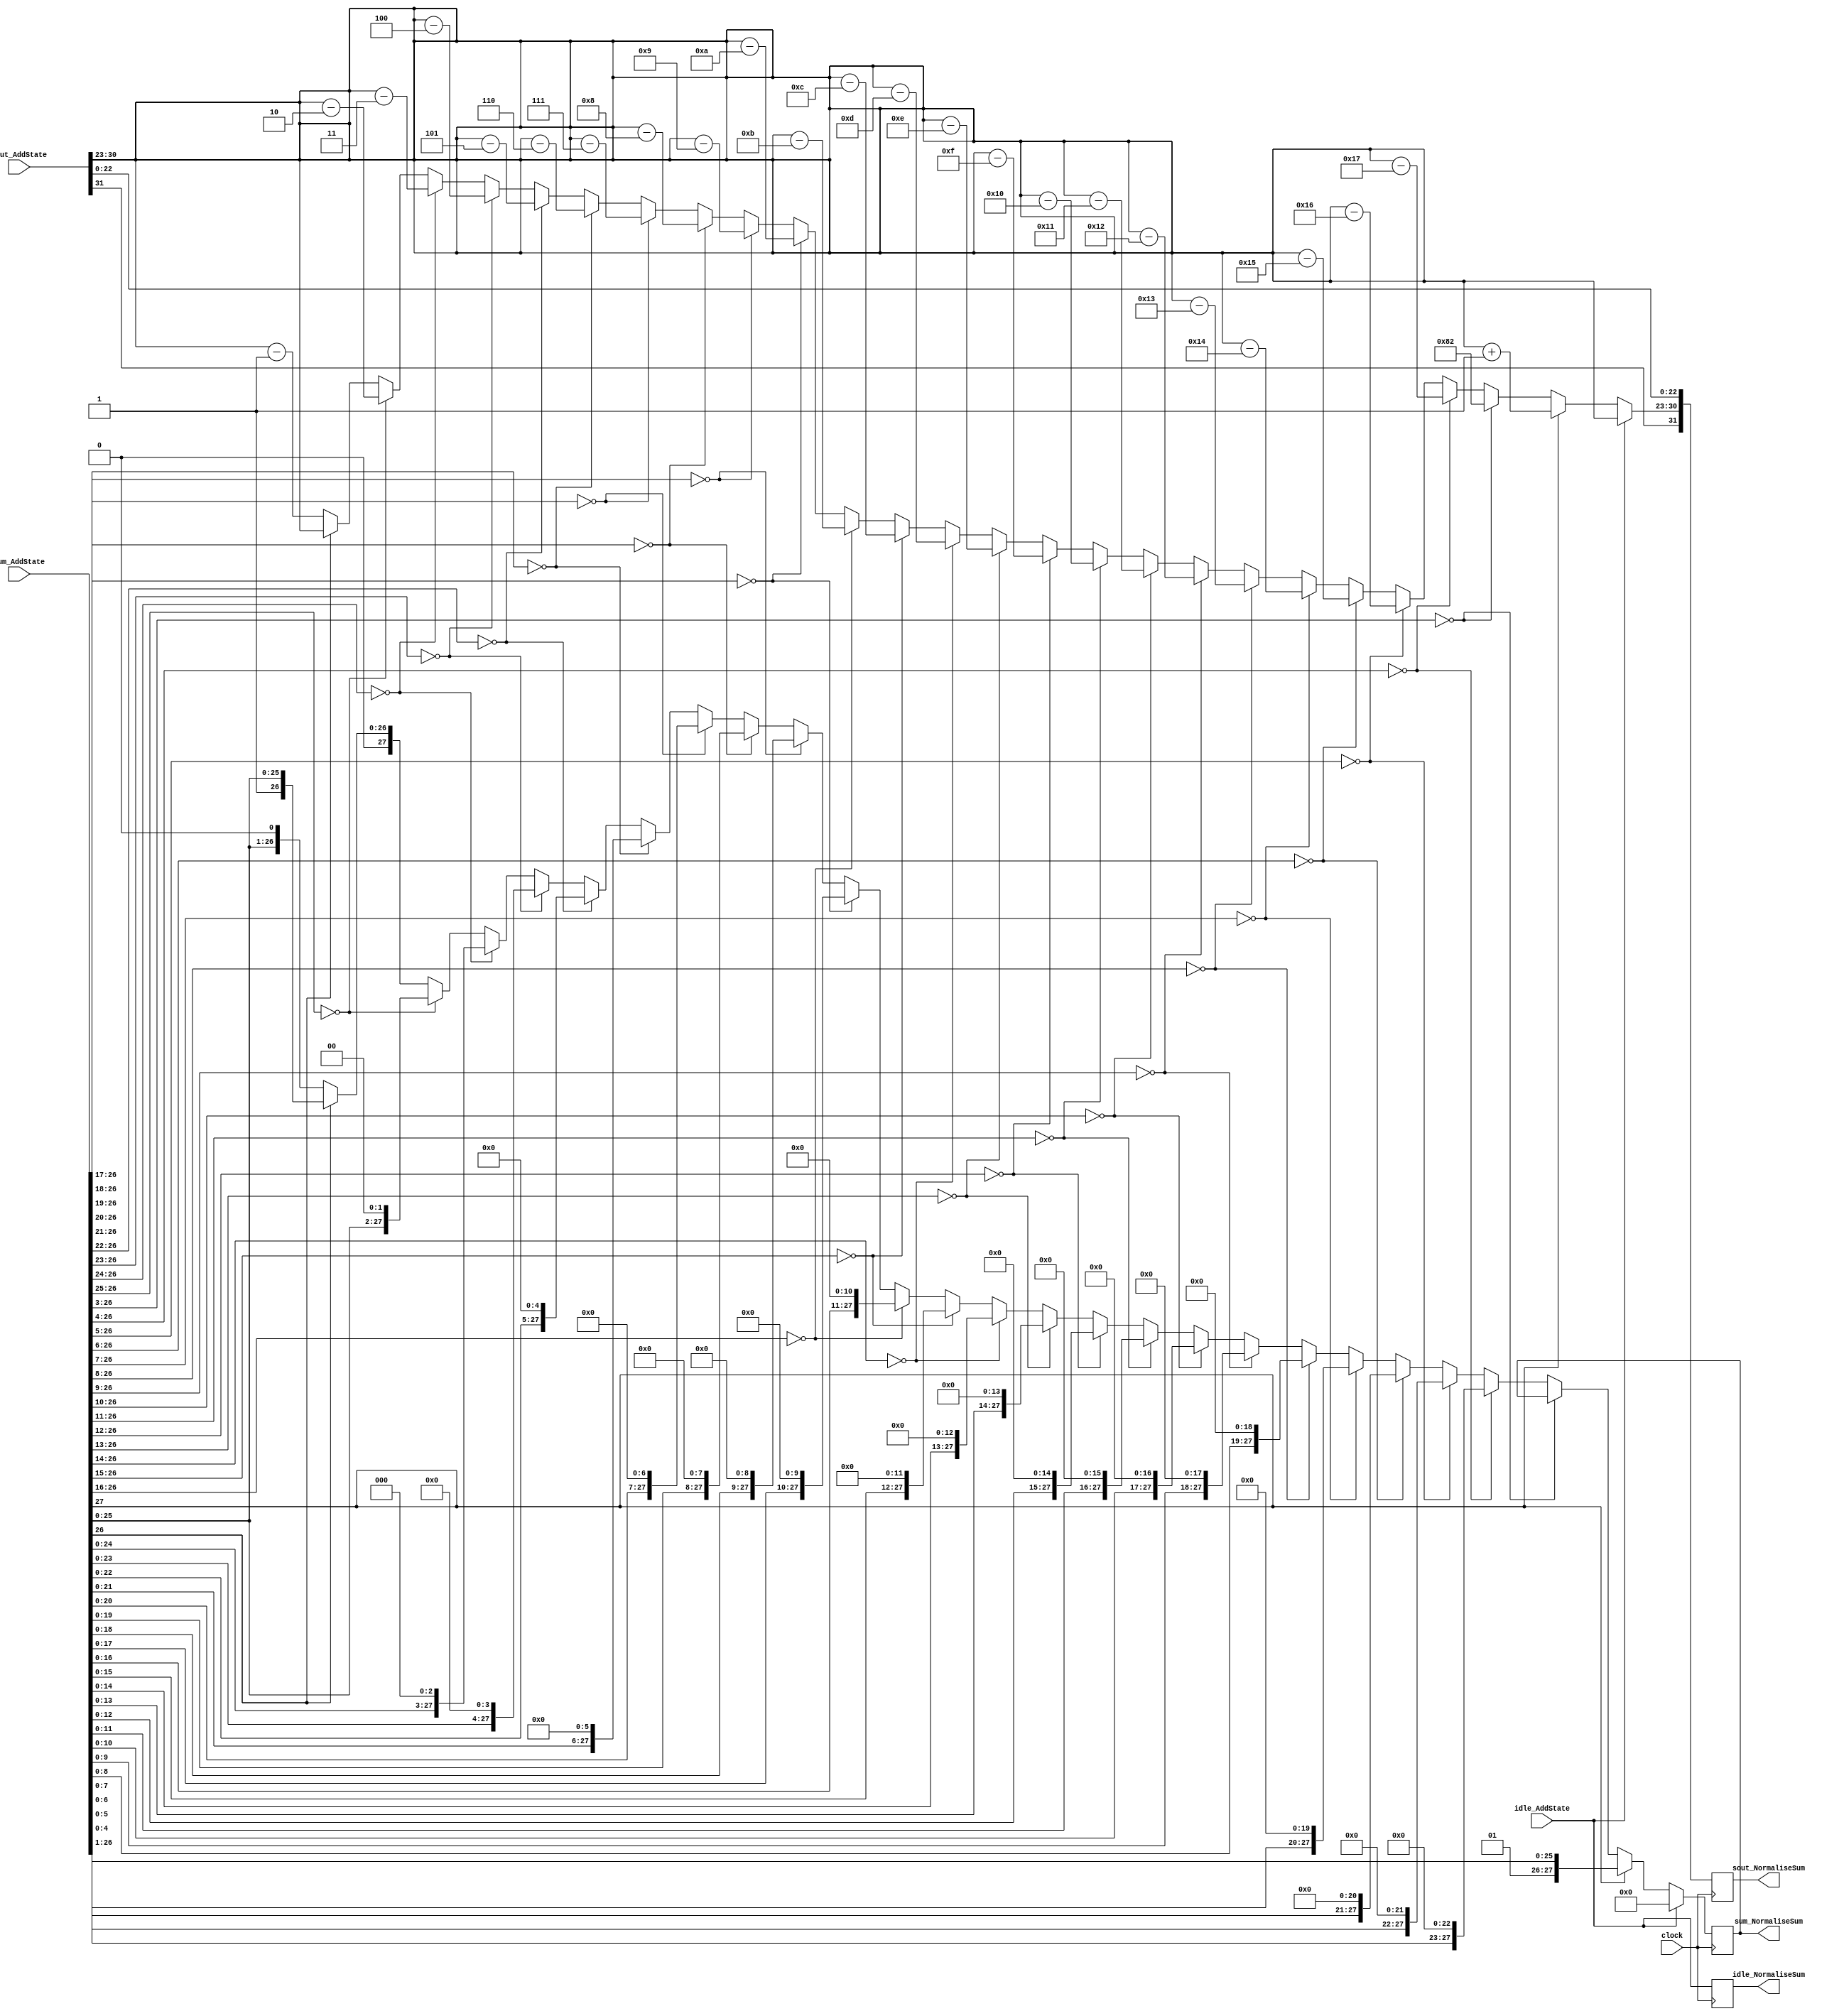
module NormaliseAdder(
	input idle_AddState,
	input [31:0] sout_AddState,
	input [27:0] sum_AddState,
	input clock,
	output reg idle_NormaliseSum,
	output reg [31:0] sout_NormaliseSum,
	output reg [27:0] sum_NormaliseSum
    );

parameter no_idle = 1'b0,
			 put_idle = 1'b1;

wire [7:0] s_exponent;

assign s_exponent = sout_AddState[30:23];

always @ (posedge clock)
begin
	
	idle_NormaliseSum <= idle_AddState;
	
	if (idle_AddState != put_idle) begin
			
			sout_NormaliseSum[31] <= sout_AddState[31];
			sout_NormaliseSum[22:0] <= sout_AddState[22:0];
			
			if (sum_AddState[27] == 1'b1) begin
				sout_NormaliseSum[30:23] <= s_exponent + 1;
				sum_NormaliseSum <= sum_AddState >> 1;
			end

			else if(sum_AddState[26:3] == 24'h000000) begin
				sout_NormaliseSum[30:23] <= 10'h382;
			end
			
			else if (sum_AddState[26:4] == 23'h000000) begin
				sout_NormaliseSum[30:23] <= s_exponent - 23;
				sum_NormaliseSum <= sum_AddState << 23;
			end
			
			else if (sum_AddState[26:5] == 22'h000000) begin
				sout_NormaliseSum[30:23] <= s_exponent - 22;
				sum_NormaliseSum <= sum_AddState << 22;			
			end
			
			else if (sum_AddState[26:6] == 21'h000000) begin
				sout_NormaliseSum[30:23] <= s_exponent - 21;
				sum_NormaliseSum <= sum_AddState << 21;			
			end
			
			else if (sum_AddState[26:7] == 20'h00000) begin
				sout_NormaliseSum[30:23] <= s_exponent - 20;
				sum_NormaliseSum <= sum_AddState << 20;			
			end
			
			else if (sum_AddState[26:8] == 19'h00000) begin
				sout_NormaliseSum[30:23] <= s_exponent - 19;
				sum_NormaliseSum <= sum_AddState << 19;			
			end

			else if (sum_AddState[26:9] == 18'h00000) begin
				sout_NormaliseSum[30:23] <= s_exponent - 18;
				sum_NormaliseSum <= sum_AddState << 18;			
			end

			else if (sum_AddState[26:10] == 17'h00000) begin
				sout_NormaliseSum[30:23] <= s_exponent - 17;
				sum_NormaliseSum <= sum_AddState << 17;			
			end

			else if (sum_AddState[26:11] == 16'h0000) begin
				sout_NormaliseSum[30:23] <= s_exponent - 16;
				sum_NormaliseSum <= sum_AddState << 16;			
			end

			else if (sum_AddState[26:12] == 15'h0000) begin
				sout_NormaliseSum[30:23] <= s_exponent - 15;
				sum_NormaliseSum <= sum_AddState << 15;			
			end

			else if (sum_AddState[26:13] == 14'h0000) begin
				sout_NormaliseSum[30:23] <= s_exponent - 14;
				sum_NormaliseSum <= sum_AddState << 14;			
			end

			else if (sum_AddState[26:14] == 13'h0000) begin
				sout_NormaliseSum[30:23] <= s_exponent - 13;
				sum_NormaliseSum <= sum_AddState << 13;			
			end

			else if (sum_AddState[26:15] == 12'h000) begin
				sout_NormaliseSum[30:23] <= s_exponent - 12;
				sum_NormaliseSum <= sum_AddState << 12;			
			end

			else if (sum_AddState[26:16] == 11'h000) begin
				sout_NormaliseSum[30:23] <= s_exponent - 11;
				sum_NormaliseSum <= sum_AddState << 11;			
			end

			else if (sum_AddState[26:17] == 10'h000) begin
				sout_NormaliseSum[30:23] <= s_exponent - 10;
				sum_NormaliseSum <= sum_AddState << 10;			
			end

			else if (sum_AddState[26:18] == 9'h0000) begin
				sout_NormaliseSum[30:23] <= s_exponent - 9;
				sum_NormaliseSum <= sum_AddState << 9;			
			end

			else if (sum_AddState[26:19] == 8'h00) begin
				sout_NormaliseSum[30:23] <= s_exponent - 8;
				sum_NormaliseSum <= sum_AddState << 8;			
			end

			else if (sum_AddState[26:20] == 7'h00) begin
				sout_NormaliseSum[30:23] <= s_exponent - 7;
				sum_NormaliseSum <= sum_AddState << 7;			
			end

			else if (sum_AddState[26:21] == 6'h00) begin
				sout_NormaliseSum[30:23] <= s_exponent - 6;
				sum_NormaliseSum <= sum_AddState << 6;			
			end

			else if (sum_AddState[26:22] == 5'h00) begin
				sout_NormaliseSum[30:23] <= s_exponent - 5;
				sum_NormaliseSum <= sum_AddState << 5;			
			end

			else if (sum_AddState[26:23] == 4'h0) begin
				sout_NormaliseSum[30:23] <= s_exponent - 4;
				sum_NormaliseSum <= sum_AddState << 4;			
			end

			else if (sum_AddState[26:24] == 3'h0) begin
				sout_NormaliseSum[30:23] <= s_exponent - 3;
				sum_NormaliseSum <= sum_AddState << 3;			
			end

			else if (sum_AddState[26:25] == 2'h0) begin
				sout_NormaliseSum[30:23] <= s_exponent - 2;
				sum_NormaliseSum <= sum_AddState << 2;			
			end

			else if (sum_AddState[26] == 1'h0) begin
				sout_NormaliseSum[30:23] <= s_exponent - 1;
				sum_NormaliseSum <= sum_AddState << 1;			
			end
				
			else begin
				sout_NormaliseSum[30:23] <= s_exponent;
				sum_NormaliseSum <= sum_AddState;
			end
	end
	
	else begin
		sout_NormaliseSum <= sout_AddState;
		sum_NormaliseSum <= 0;
	end
end

endmodule